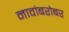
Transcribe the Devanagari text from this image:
नावांबरोबर